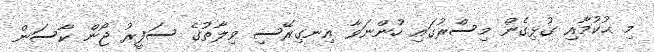
މި ޙުކުމާއި ގުޅިގެން މިސްރުގައި ހުންނަވާ އިނގިރޭސި ވިލާތުގެ ސަފީރު ޖޯން ކާސަން